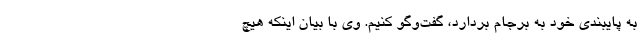
به پایبندی خود به برجام بردارد، گفت‌وگو کنیم. وی با بیان اینکه هیچ